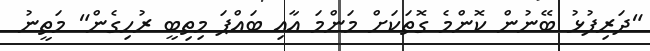
"ދަރިފުޅު ބޭނުން ކޮންމެ ގޮތަކަށް މަންމަ އާއި ބައްޕަ މިތިބީ ރުހިގެން" މަތީނު